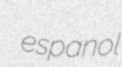
espanol